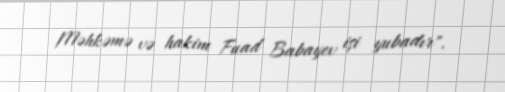
Məhkəmə və hakim Fuad Babayev işi yubadır".